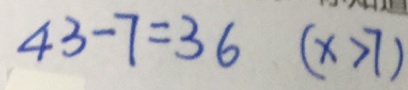
4 3 - 7 = 3 6 ( x > 7 )